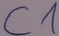
Text: C1